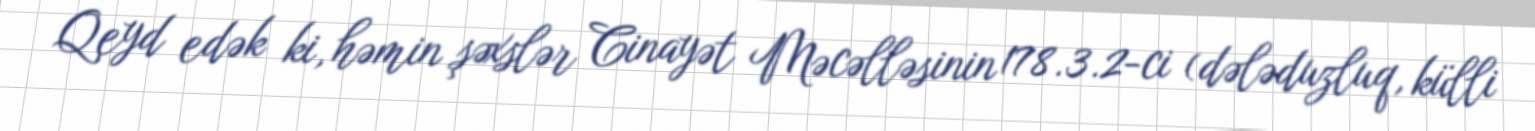
Qeyd edək ki, həmin şəxslər Cinayət Məcəlləsinin 178.3.2-ci (dələduzluq, külli